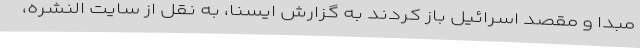
مبدا و مقصد اسرائیل باز کردند به گزارش ایسنا، به نقل از سایت النشره،